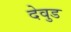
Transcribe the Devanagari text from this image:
देवुड